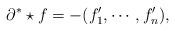
LaTeX: \begin{align*} \partial^* \star f=-(f'_1,\cdots,f'_n),\end{align*}